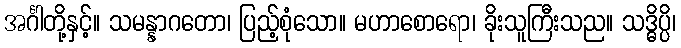
အင်္ဂါတို့နှင့်။ သမန္နာဂတော၊ ပြည့်စုံသော။ မဟာစောရော၊ ခိုးသူကြီးသည။ သဒ္ဓိပ္ပိ၊